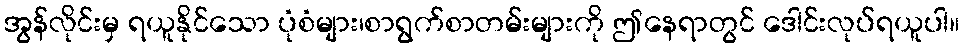
အွန်လိုင်းမှ ရယူနိုင်သော ပုံစံများ၊စာရွက်စာတမ်းများကို ဤနေရာတွင် ဒေါင်းလုပ်ရယူပါ။